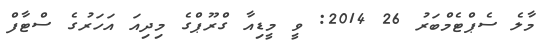
މާލެ ސެޕްޓެމްބަރު 26 2014: ވީ މީޑިއާ ގްރޫޕްގެ މިދިއަ އަހަރުގެ ސްޓާފް